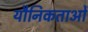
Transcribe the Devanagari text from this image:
यौनिकताओं